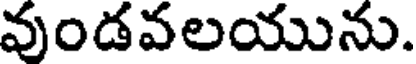
వుండవలయును.